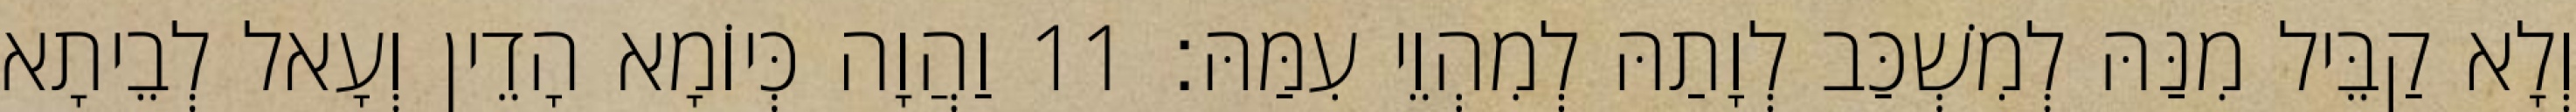
וְלָא קַבֵּיל מִנַּהּ לְמִשְׁכַּב לְוָתַהּ לְמִהְוֵי עִמַּהּ׃ 11 וַהֲוָה כְּיוֹמָא הָדֵין וְעָאל לְבֵיתָא